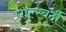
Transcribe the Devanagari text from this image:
गाल्स्वर्दी